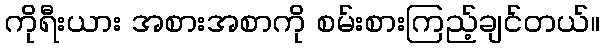
ကိုရီးယား အစားအစာကို စမ်းစားကြည့်ချင်တယ်။